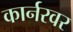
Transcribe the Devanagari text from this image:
कार्नरवर